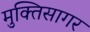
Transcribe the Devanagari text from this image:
मुक्तिसागर